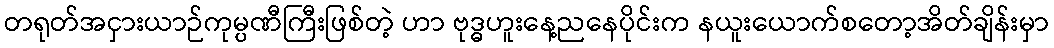
တရုတ်အငှားယာဉ်ကုမ္ပဏီကြီးဖြစ်တဲ့ ဟာ ဗုဒ္ဓဟူးနေ့ညနေပိုင်းက နယူးယောက်စတော့အိတ်ချိန်းမှာ